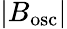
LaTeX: \lvert B_{\mathrm{osc}}\rvert